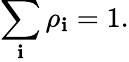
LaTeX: \sum_{\mathbf{i}}\rho_{\mathbf{i}}=1.